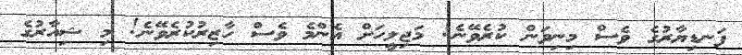
ފަނޑިޔާރުގެ ވެސް މިނިވަން ކުރެވޭނެ! މަޖިލީހަށް އެންމެ ވެސް ހާޒިރުކުރެވޭނެ! މި ޝިއާރުގެ